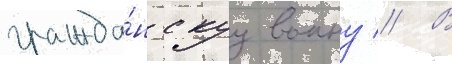
гражда́нскуу воину // В